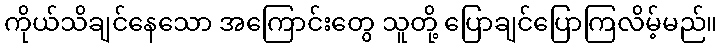
ကိုယ်သိချင်နေသော အကြောင်းတွေ သူတို့ ပြောချင်ပြောကြလိမ့်မည်။